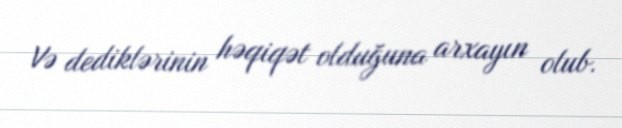
Və dediklərinin həqiqət olduğuna arxayın olub.